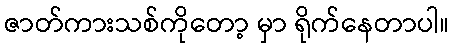
ဇာတ်ကားသစ်ကိုတော့ မှာ ရိုက်နေတာပါ။